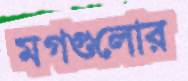
মগগুলোর